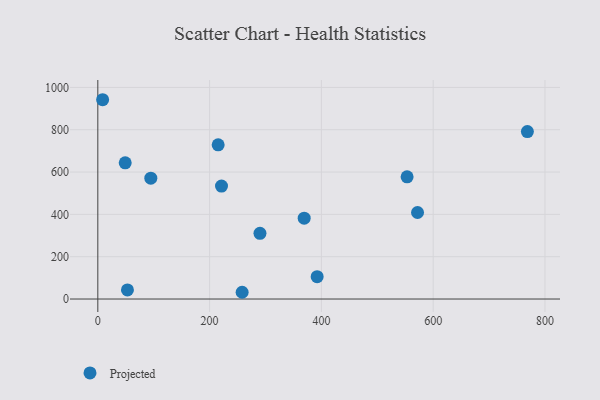
{"axis": {"x": "Engine Size", "y": "Sales"}, "legend": ["Projected"], "data": [{"x": "53.0", "y": 42.8, "type": "Projected"}, {"x": "392.4", "y": 105.8, "type": "Projected"}, {"x": "94.8", "y": 571.2, "type": "Projected"}, {"x": "8.6", "y": 941.8, "type": "Projected"}, {"x": "258.2", "y": 31.9, "type": "Projected"}, {"x": "215.3", "y": 728.9, "type": "Projected"}, {"x": "49.0", "y": 643.6, "type": "Projected"}, {"x": "221.3", "y": 533.7, "type": "Projected"}, {"x": "369.2", "y": 382.2, "type": "Projected"}, {"x": "290.1", "y": 310.4, "type": "Projected"}, {"x": "768.5", "y": 791.3, "type": "Projected"}, {"x": "572.0", "y": 408.8, "type": "Projected"}, {"x": "553.3", "y": 577.3, "type": "Projected"}]}